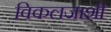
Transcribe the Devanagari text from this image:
विकलजाशी